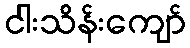
ငါးသိန်းကျော်